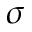
\sigma